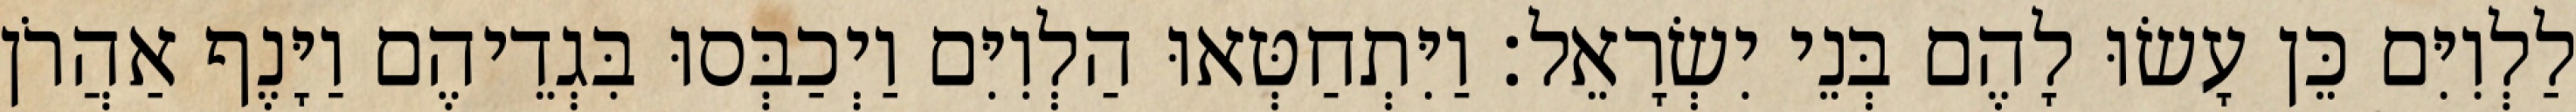
לַלְוִיִּם כֵּן עָשׂוּ לָהֶם בְּנֵי יִשְׂרָאֵל׃ וַיִּתְחַטְּאוּ הַלְוִיִּם וַיְכַבְּסוּ בִּגְדֵיהֶם וַיָּנֶף אַהֲרֹן